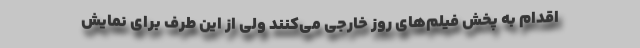
اقدام به پخش فیلم‌های روز خارجی می‌کنند ولی از این طرف برای نمایش